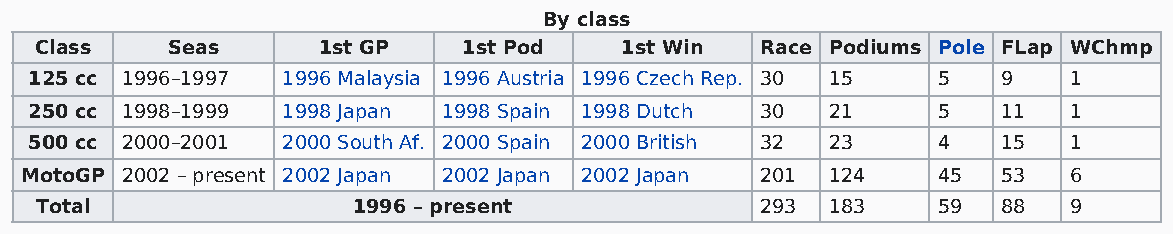
By class
 Class    Seas      1st GP    1st Pod   1st Win  Race Podiums Pole FLap WChmp
 125 cc 1996–1997 1996 Malaysia 1996 Austria 1996 Czech Rep. 30 15 5 9 1
 250 cc 1998–1999 1998 Japan 1998 Spain 1998 Dutch 30 21     5   11   1
 500 cc 2000–2001 2000 South Af. 2000 Spain 2000 British 32 23 4 15   1
 MotoGP 2002 – present 2002 Japan 2002 Japan 2002 Japan 201 124 45 53  6
 Total                1996 – present             293  183    59  88   9